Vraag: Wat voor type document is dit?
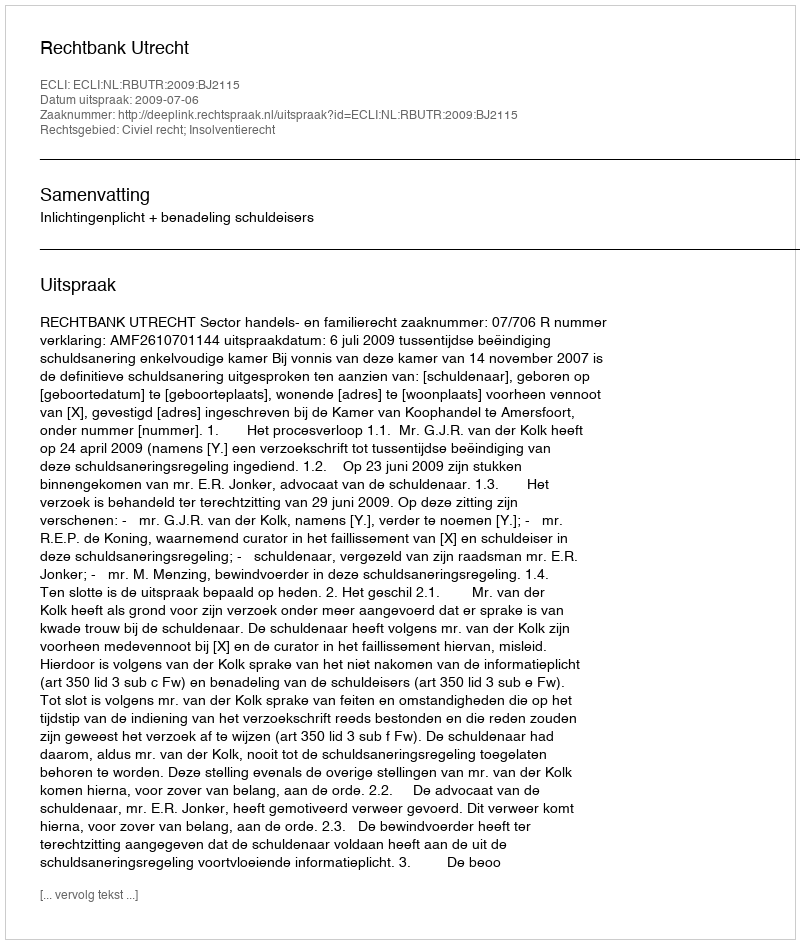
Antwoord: Uitspraak